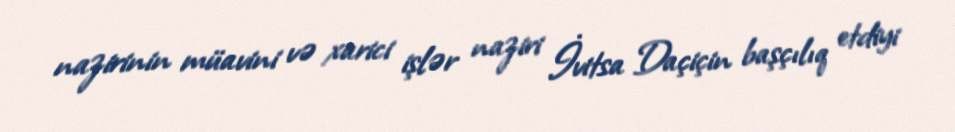
nazirinin müavini və xarici işlər naziri İvitsa Daçiçin başçılıq etdiyi